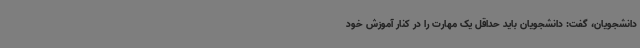
دانشجویان، گفت: دانشجویان باید حداقل یک مهارت را در کنار آموزش خود